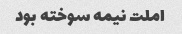
املت نیمه سوخته بود